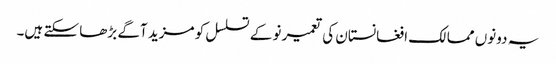
یہ دونوں ممالک افغانستان کی تعمیر نو کے تسلسل کو مزید آگے بڑھا سکتے ہیں۔